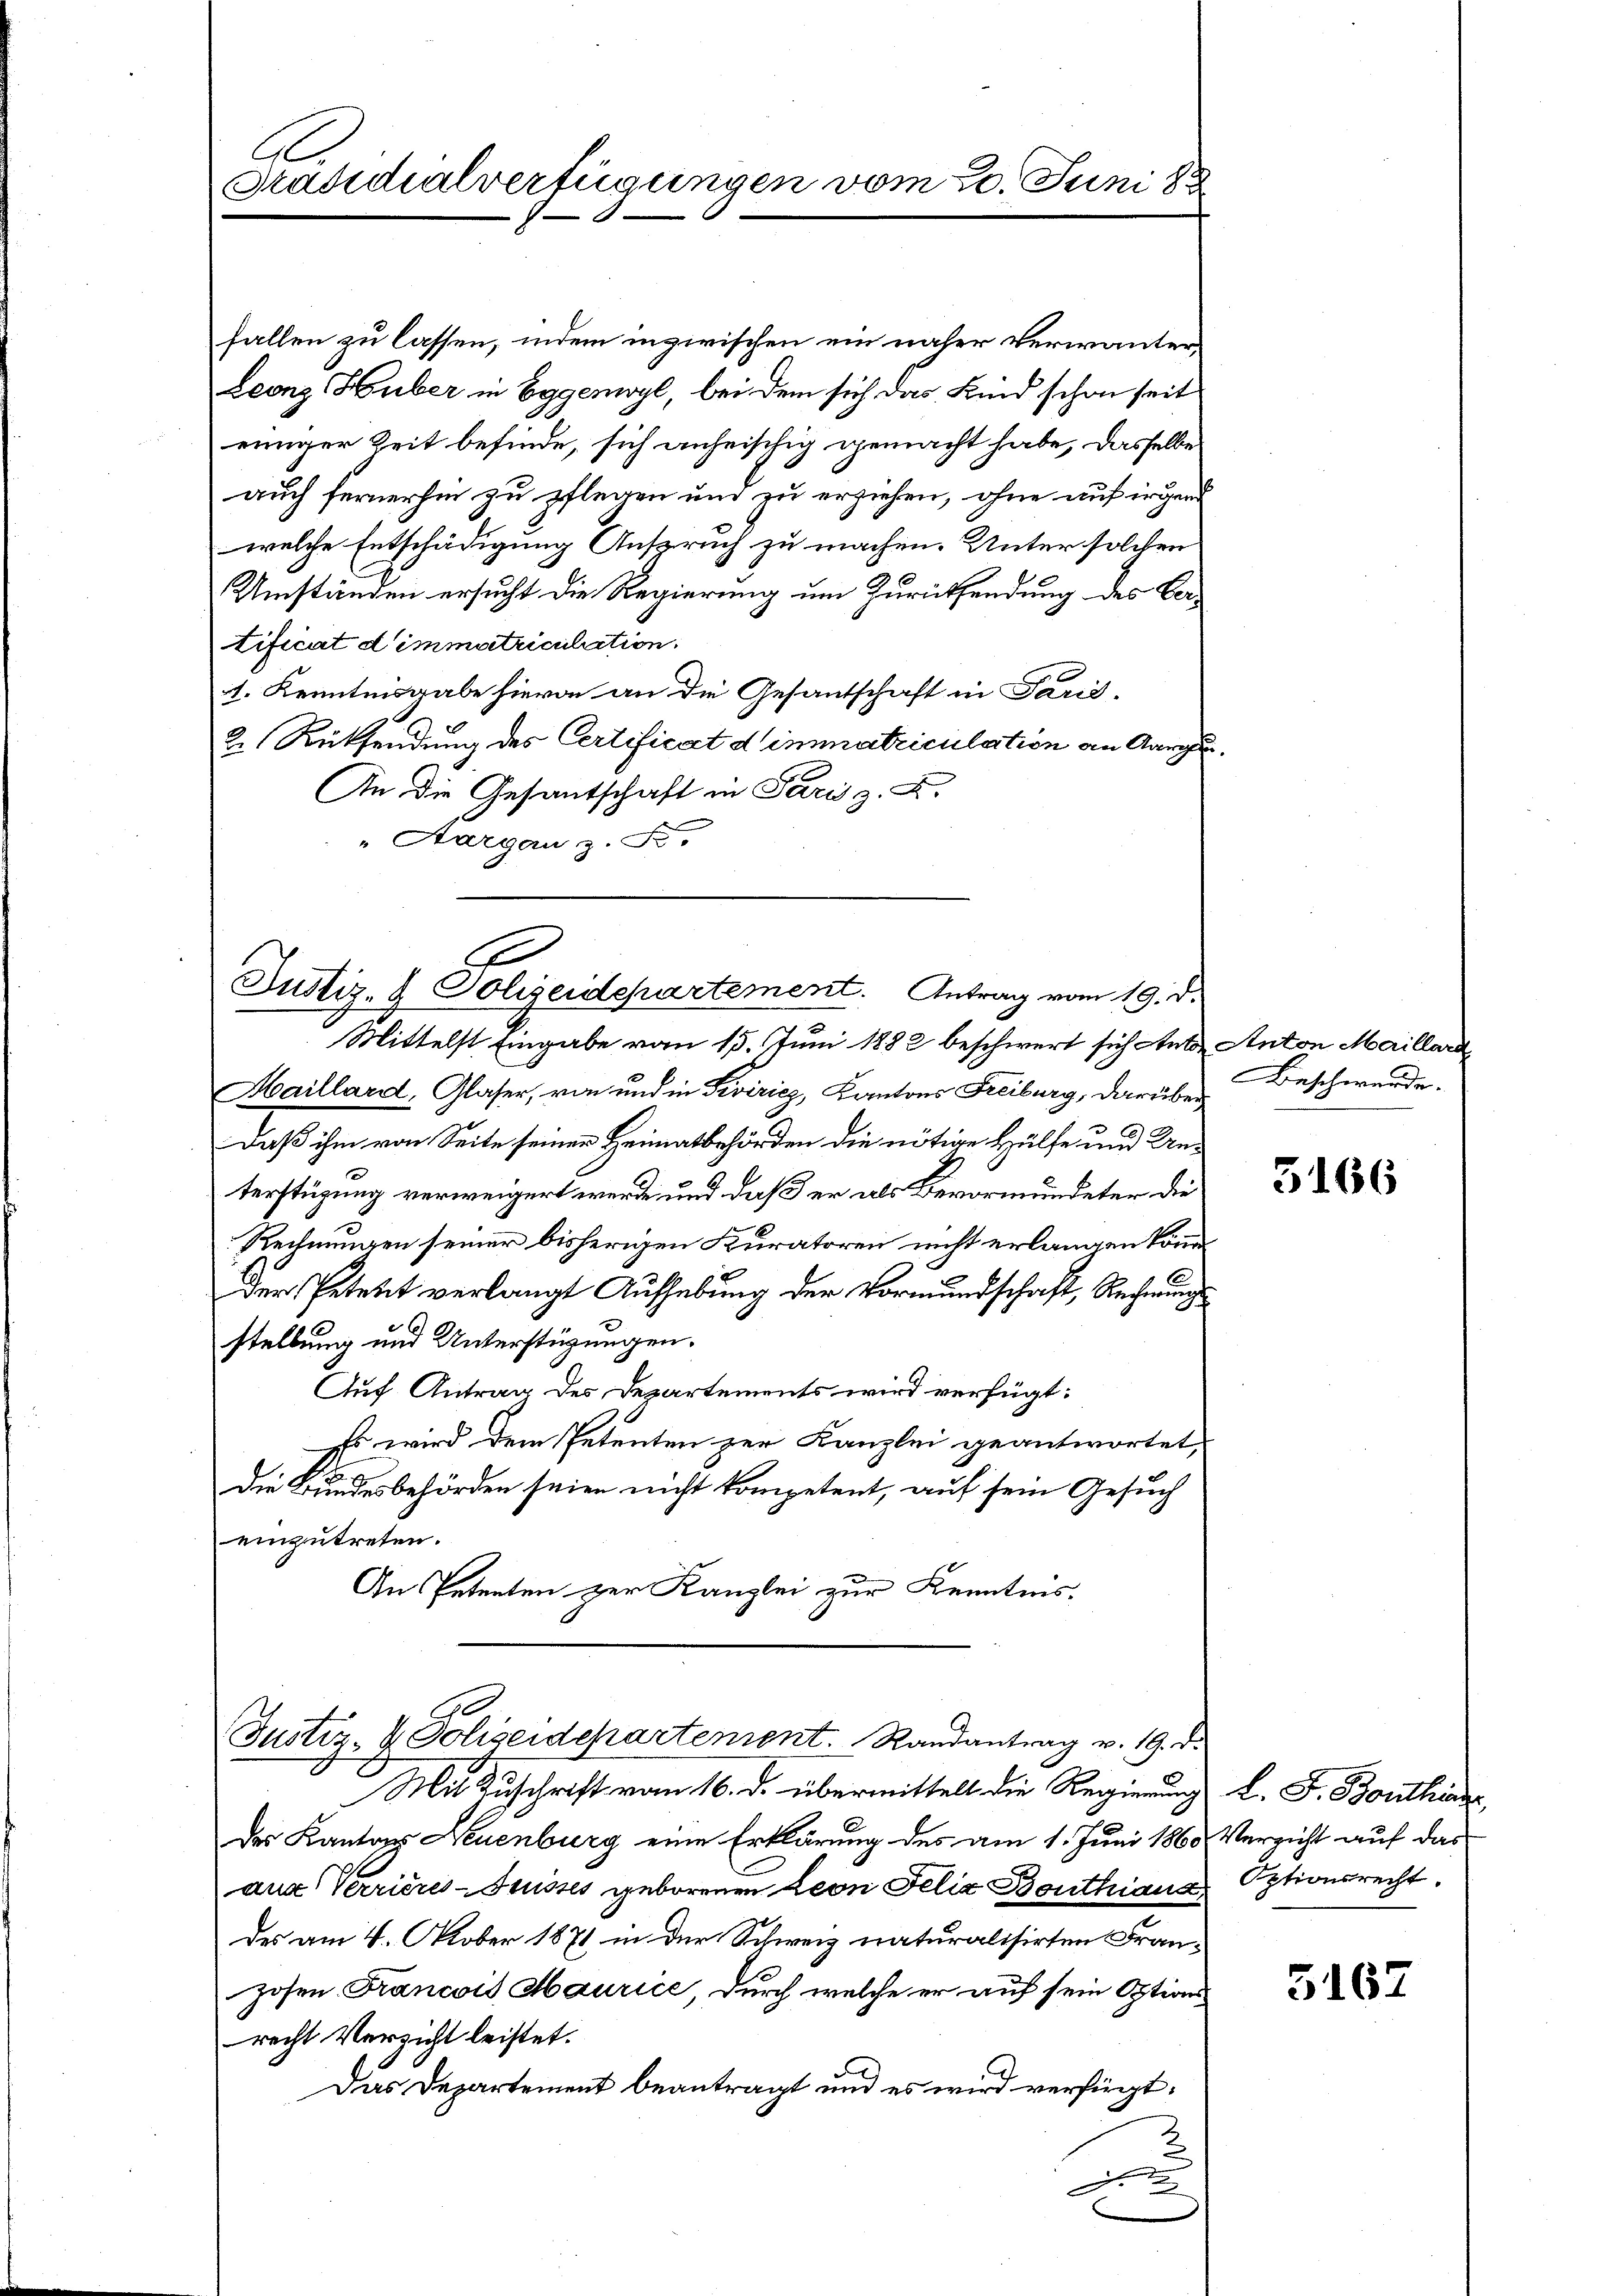
A.
Präsidialverfügungen vom 20. Juni 18

fallen zu lassen, indem inzwischen ein näher verwanter¬
Leonz Huber in Eggenwyl, bei dem sich das Kind schon seit
einiger Zeit befinde, sich anheischig gemacht habe, dasselbe
auch fernerhin zu pflegen und zu erziehen, ohne auf irgend
welche Entschädigung Anspruch zu machen. Unter solchen
Umständen ersucht die Regierung um Zurücksendung des Vertificat d’immatriculation.
1. Kenntnisgabe hievon an die Gesantschaft in Paris.
2. Rücksendung des Certificat dimmatriculation an Aarga
An die Gesantschaft in Paris. X.
" Aargau z. F.

E
Justiz- & Polizeidepartement. Antrag vom 19. d.
Mittelst Eingabe vom 15. Juni 1882 beschwert sich Anton Anton Marillard

Haillard, Glaser, von und in Fiviricy, Kantons Freiburg, darüber
daß ihm von Seite seiner Heimatbehörden die nötige Hülfe und Unterstüzung verweigert werde und daß er als Bevormundeter die
Rechnungen seiner bisherigen Kuratoren nicht erlangen könn
Der Petent verlangt Aufhebung der Vormundschaft, Rechnungsstellung und Unterstüzungen.
Auf Antrag des Departements wird verfügt:
Es wird dem Petenten zur Kanzlei geantwortet,
Die Bundesbehörden seien nicht kompetent, auf sein Gesuch
einzutreten.
An Petenten zur Kanzlei zur Kenntnis.

Justiz- & Polizeidepartement. Randantrag v. 19. d.

Mit Zuschrift vom 16. d. übermittelt die Regierung
des Kantons Neuenburg eine Erklärung des am 1. Juni 1865 Verzicht auf das
aus Verrieres-Grusses geborenen Leon Felix Bouthiaug Optionsrecht
des am 4. Oktober 1871 in der Schweiz naturalisirten Franhohen Francois Maurice durch welche er auf sein Optionsrecht Verzicht leistet.
Das Departement beantragt und es wird verfügt:
F

Beschwerde.

3166

L. F. Bonthinde

5167